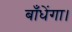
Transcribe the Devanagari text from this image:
बाँधेंगा।